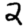
Digit: 2